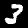
Label: 3